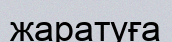
жаратуға